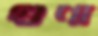
গুণা